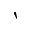
\backprime